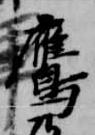
鷹